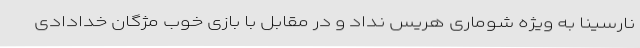
نارسینا به ویژه شوماری هریس نداد و در مقابل با بازی خوب مژگان خدادادی